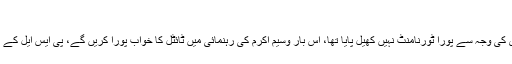
عماد وسیم
کراچی کنگز کے کپتان عماد وسیم نے کہا پی ایس ایل تھری میں انجری کی وجہ سے پورا ٹورنامنٹ نہیں کھیل پایا تھا، اس بار وسیم اکرم کی رہنمائی میں ٹائٹل کا خواب پورا کریں گے، پی ایس ایل کے پاکستان میں میچز انٹرنیشنل کرکٹ کی بحالی میں معاون ثابت ہوں گے۔